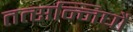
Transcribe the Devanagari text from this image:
तत्सन्निघौ